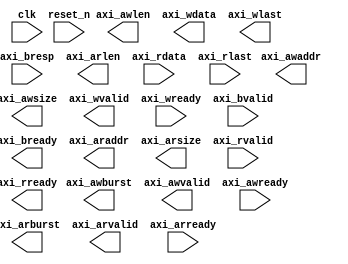
module axi4_memory_controller #(
    parameter DATA_WIDTH = 32,
    parameter ADDR_WIDTH = 32
)(
    input wire clk,
    input wire reset_n,

    // AXI4 Master Interface
    output reg [ADDR_WIDTH-1:0] axi_awaddr,
    output reg [7:0]            axi_awlen,
    output reg [2:0]            axi_awsize,
    output reg [1:0]            axi_awburst,
    output reg                  axi_awvalid,
    input wire                  axi_awready,

    output reg [DATA_WIDTH-1:0] axi_wdata,
    output reg                  axi_wlast,
    output reg                  axi_wvalid,
    input wire                  axi_wready,

    input wire [1:0]            axi_bresp,
    input wire                  axi_bvalid,
    output reg                  axi_bready,

    output reg [ADDR_WIDTH-1:0] axi_araddr,
    output reg [7:0]            axi_arlen,
    output reg [2:0]            axi_arsize,
    output reg [1:0]            axi_arburst,
    output reg                  axi_arvalid,
    input wire                  axi_arready,

    input wire [DATA_WIDTH-1:0] axi_rdata,
    input wire                  axi_rlast,
    input wire                  axi_rvalid,
    output reg                  axi_rready,

    // Memory Interface (DDR)
    // DDR signals here (e.g., ddr_address, ddr_data, etc.)
);

// Internal signals for state machines, FIFOs, and other control logic

endmodule